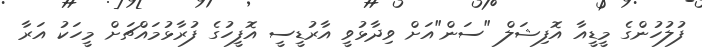
ފުލުހުންގެ މީޑީއާ އޮފިޝަލް "ސަން"އަށް ވިދާޅުވީ އާރުޑީސީ އޮފީހުގެ ފުރާޅުމައްޗަށް މީހަކު އަރާ